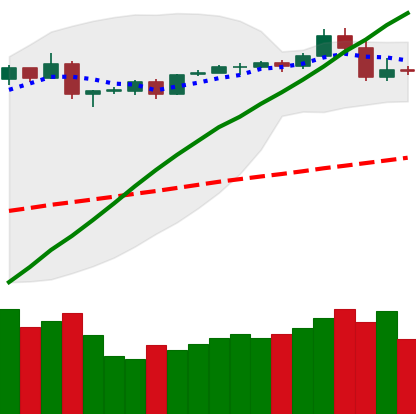
Ticker: BTC-USD
Chart end date: 2019-04-27
Forward return: 4.498%
Label: up_3_5